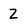
Character: 2